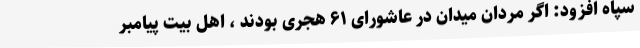
سپاه افزود: اگر مردان میدان در عاشورای ۶۱ هجری بودند ، اهل بیت پیامبر